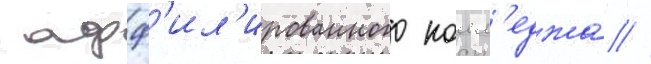
 афф'ил'ированного колл'еджа //